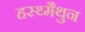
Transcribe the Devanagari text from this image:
हस्थ्मैथुन